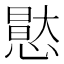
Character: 𭞘